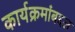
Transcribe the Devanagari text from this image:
कार्यक्रमांबद्दल